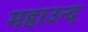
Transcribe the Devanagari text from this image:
महाउन्द